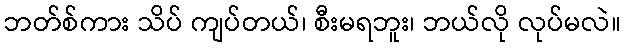
ဘတ်စ်ကား သိပ် ကျပ်တယ်၊ စီးမရဘူး၊ ဘယ်လို လုပ်မလဲ။